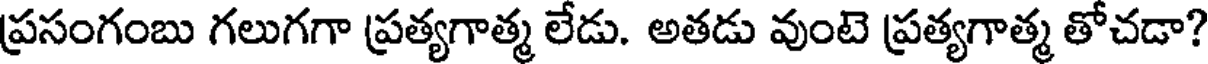
ప్రసంగంబు గలుగగా ప్రత్యగాత్మ లేడు. అతడు వుంటె ప్రత్యగాత్మ తోచడా?